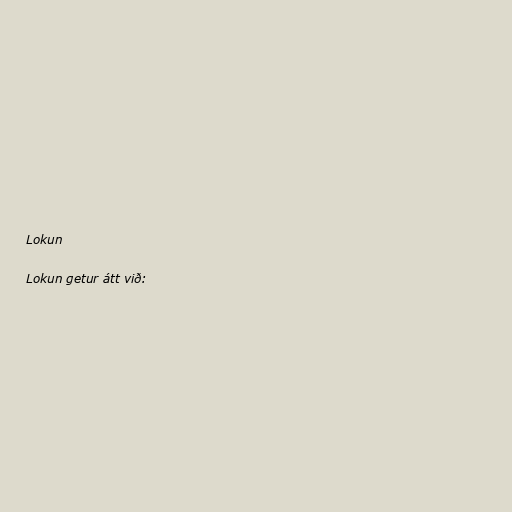
Lokun

Lokun getur átt við: